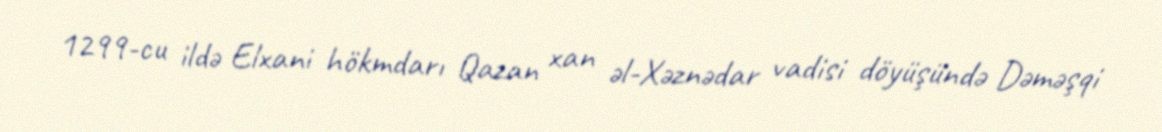
1299-cu ildə Elxani hökmdarı Qazan xan əl-Xəznədar vadisi döyüşündə Dəməşqi